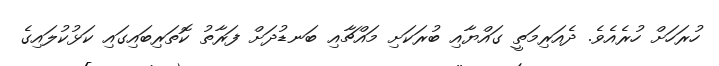
ހުރަހަށް ހުރެއެވެ. ދެއަރިމަތީ ގައްޔާއި ބުރަކަށި މައްޗާއި ބަނޑުދަށް ފަރާތު ކޮތަރިބައިގައި ކަޅުކުލައިގެ